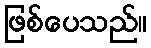
ဖြစ်ပေသည်။